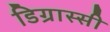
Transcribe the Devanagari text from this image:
डिग्रास्सी